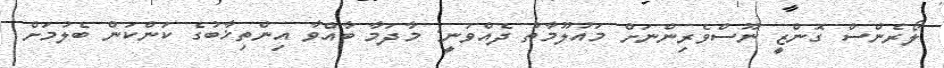
ލޯރެންސް ގޮންޒީ ނޫސްވެރިންނަށް މައުލޫމާތު ދެއްވަނީ: މާދަމާ ބާއްވާ އިންތިޚާބުގެ ކަންކަން ބެލުމަށް